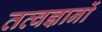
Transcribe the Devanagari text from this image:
तत्वज्ञानों